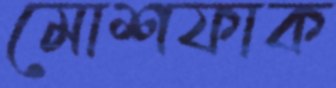
মোশফাক